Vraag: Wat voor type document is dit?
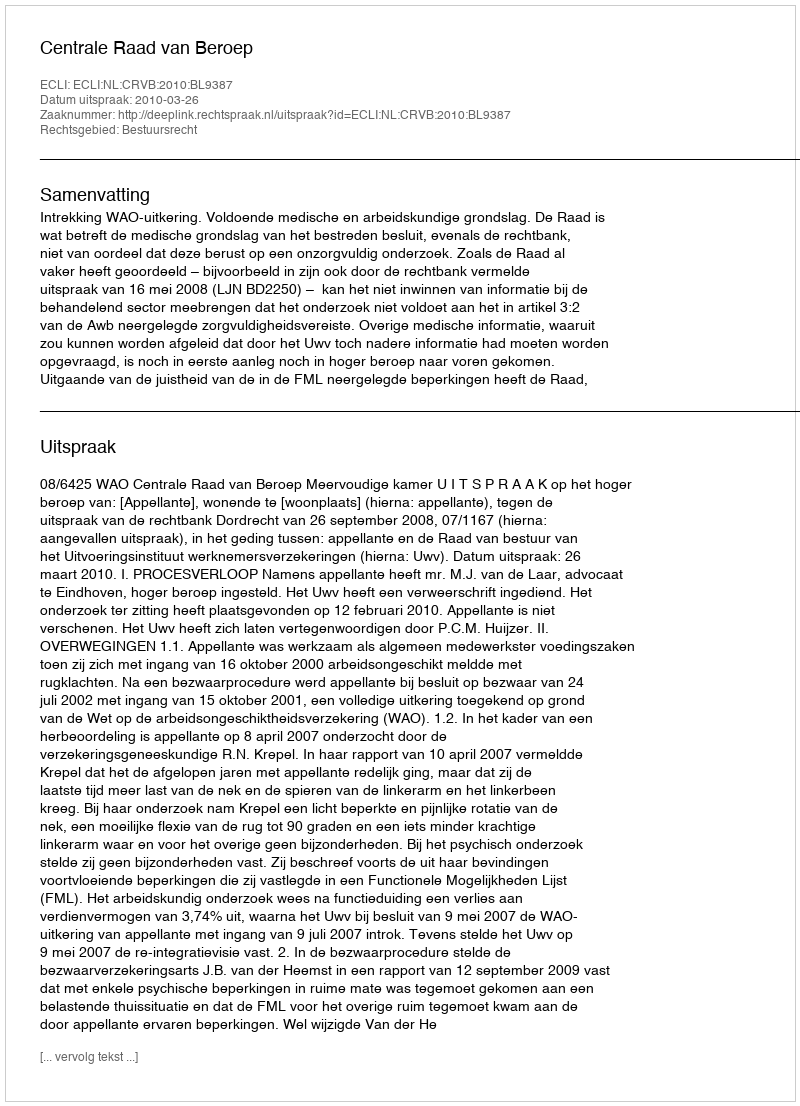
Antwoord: Uitspraak